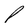
Character: P